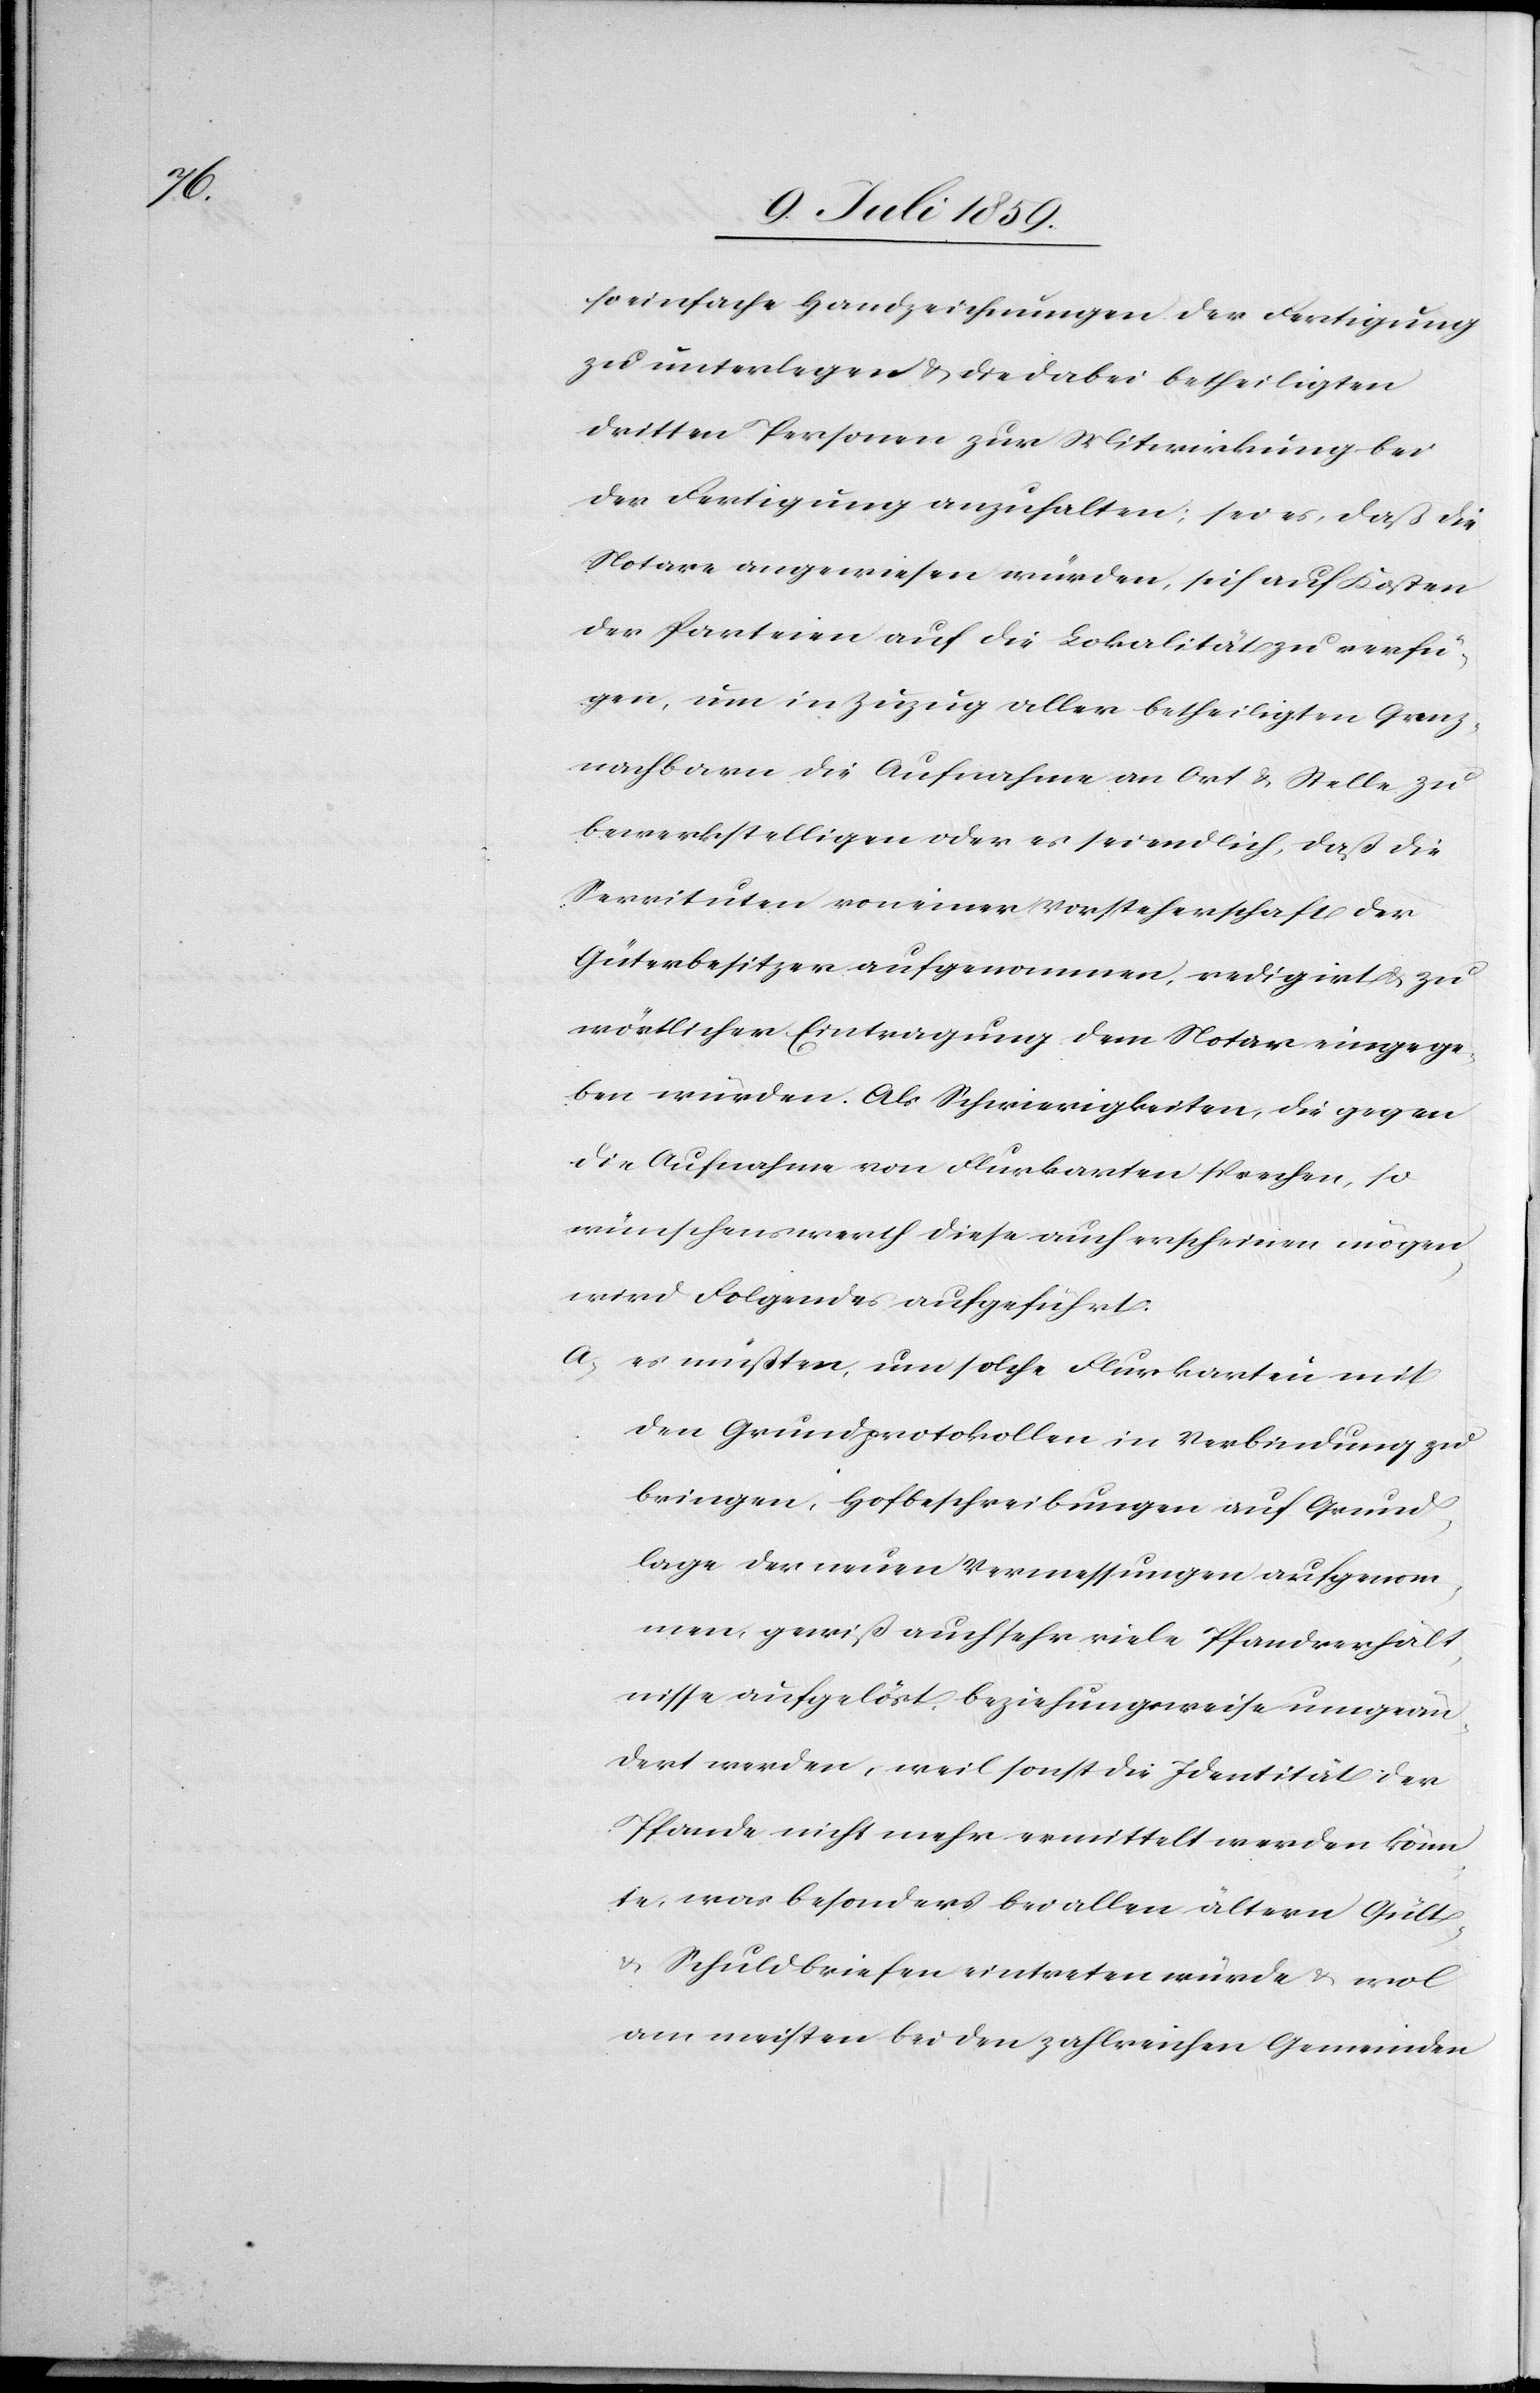
so einfache Handzeichnungen der Fertigung
zu unterlegen u. die dabei betheiligten
dritten Personen zur Mitwirkung bei
der Fertigung anzuhalten; sei es, daß die
Notare angewiesen würden, sich auf Kosten
der Parteien auch die Lokalität zu verfü¬
gen, um in Zuzug aller betheiligten Grenz¬
nachbarn die Aufnahme an Ort u. Stelle zu
bewerkstelligen oder es sei endlich, daß die
Servituten von einer Vorsteherschaft der
Güterbesitzer aufgenommen, redigirt u. zu
wörtlicher Eintragung dem Notar eingege¬
ben wurden. Als Schwierigkeiten, die gegen
die Aufnahme von Flurkarten sprechen, so
wünschenswerth diese auch erscheinen mögen,
wird Folgendes aufgeführt:
a) es müßten, um solche Flurkarten mit
den Grundprotokollen in Verbindung zu
bringen, Hofbeschreibungen auf Grund¬
lage der neuen Vermessungen aufgenom¬
men, gewiß auch sehr viele Pfandverhält¬
nisse aufgelöst, beziehungsweise umgeän¬
dert werden, weil sonst die Identität der
Pfande nicht mehr vermittelt werden könn¬
te, was besonders bei allen ältern Gült-
u. Schuldbriefen eintreten würde u. wol
am meisten bei den zahlreichen Gemeinden